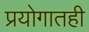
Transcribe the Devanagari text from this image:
प्रयोगातही